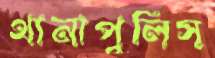
থানাপুলিস